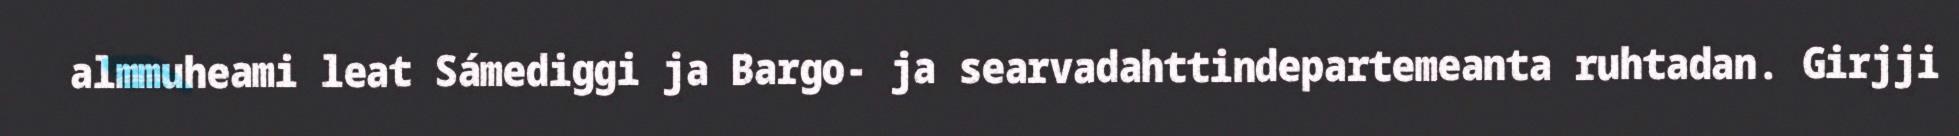
almmuheami leat Sámediggi ja Bargo- ja searvadahttindepartemeanta ruhtadan. Girjji